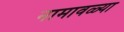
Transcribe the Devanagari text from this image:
नामावळ्या